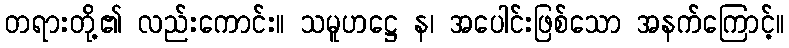
တရားတို့၏ လည်းကောင်း။ သမူဟဋ္ဌေ န၊ အပေါင်းဖြစ်သော အနက်ကြောင့်။